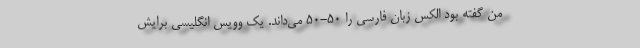
من گفته بود الکس زبان فارسی را 50-50 می‌داند. یک وویس انگلیسی برایش